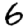
Digit: 6